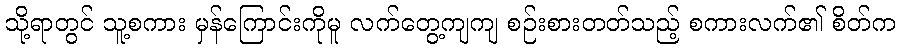
သို့ရာတွင် သူ့စကား မှန်ကြောင်းကိုမူ လက်တွေ့ကျကျ စဉ်းစားတတ်သည့် စကားလက်၏ စိတ်က